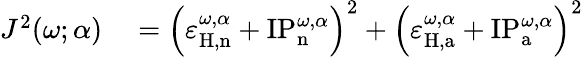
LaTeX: \begin{array}{rl}{J^{2}(\omega;\alpha)}&{{}=\left(\varepsilon_{\mathrm{H,n}}^{\omega,\alpha}+\mathrm{IP}_{\mathrm{n}}^{\omega,\alpha}\right)^{2}+\left(\varepsilon_{\mathrm{H,a}}^{\omega,\alpha}+\mathrm{IP}_{\mathrm{a}}^{\omega,\alpha}\right)^{2}}\end{array}